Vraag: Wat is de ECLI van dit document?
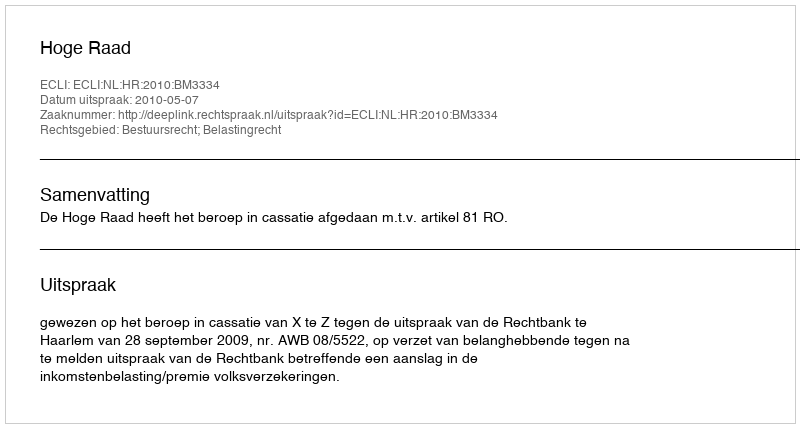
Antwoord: ECLI:NL:HR:2010:BM3334